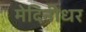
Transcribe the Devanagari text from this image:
मेदिनीधर